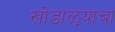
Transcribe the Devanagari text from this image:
खोडाळ्याचा